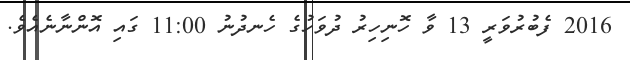
2016 ފެބުރުވަރީ 13 ވާ ހޮނިހިރު ދުވަހުގެ ހެނދުނު 11:00 ގައި އޮންނާނެއެވެ.